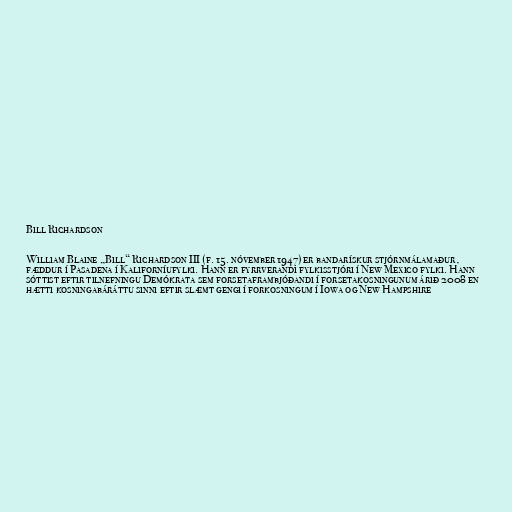
Bill Richardson

William Blaine „Bill“ Richardson III (f. 15. nóvember 1947) er bandarískur stjórnmálamaður,
fæddur í Pasadena í Kaliforníufylki. Hann er fyrrverandi fylkisstjóri í New Mexico fylki. Hann
sóttist eftir tilnefningu Demókrata sem forsetaframbjóðandi í forsetakosningunum árið 2008 en
hætti kosningabáráttu sinni eftir slæmt gengi í forkosningum í Iowa og New Hampshire